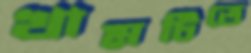
খামটিতে